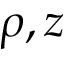
\rho , z